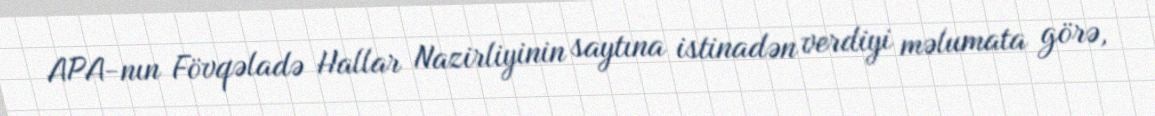
APA-nın Fövqəladə Hallar Nazirliyinin saytına istinadən verdiyi məlumata görə,